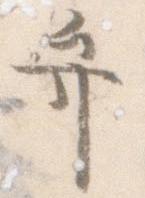
弁